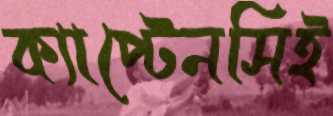
ক্যাপ্টেনসিই